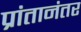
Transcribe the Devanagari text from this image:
प्रांतानंतर